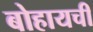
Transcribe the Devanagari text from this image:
बोहायची